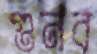
গুনব